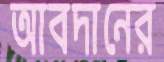
আবদানের